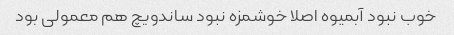
خوب نبود آبمیوه اصلا خوشمزه نبود ساندویچ هم معمولی بود